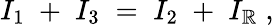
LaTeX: I_{1}\; +\; I_{3}\; =\; I_{2}\; +\; I_{\mathbb{R}}\; ,